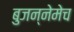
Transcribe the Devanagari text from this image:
बुजन्नेमेच